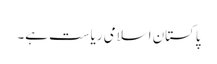
پاکستان اسلامی ریاست ہے۔